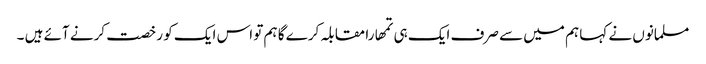
مسلمانوں نے کہا ہم میں سے صرف ایک ہی تمھارا مقابلہ کرے گا ہم تو اس ایک کو رخصت کرنے آئے ہیں ۔